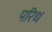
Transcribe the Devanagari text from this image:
परिध